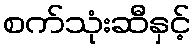
စက်သုံးဆီနှင့်